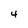
Character: 4